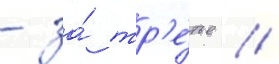
- за́ тр'е́тье //